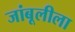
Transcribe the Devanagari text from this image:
जांबूलीला